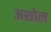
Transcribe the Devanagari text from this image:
अशोल